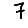
Digit: 7